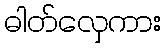
ဓါတ်လှေကား